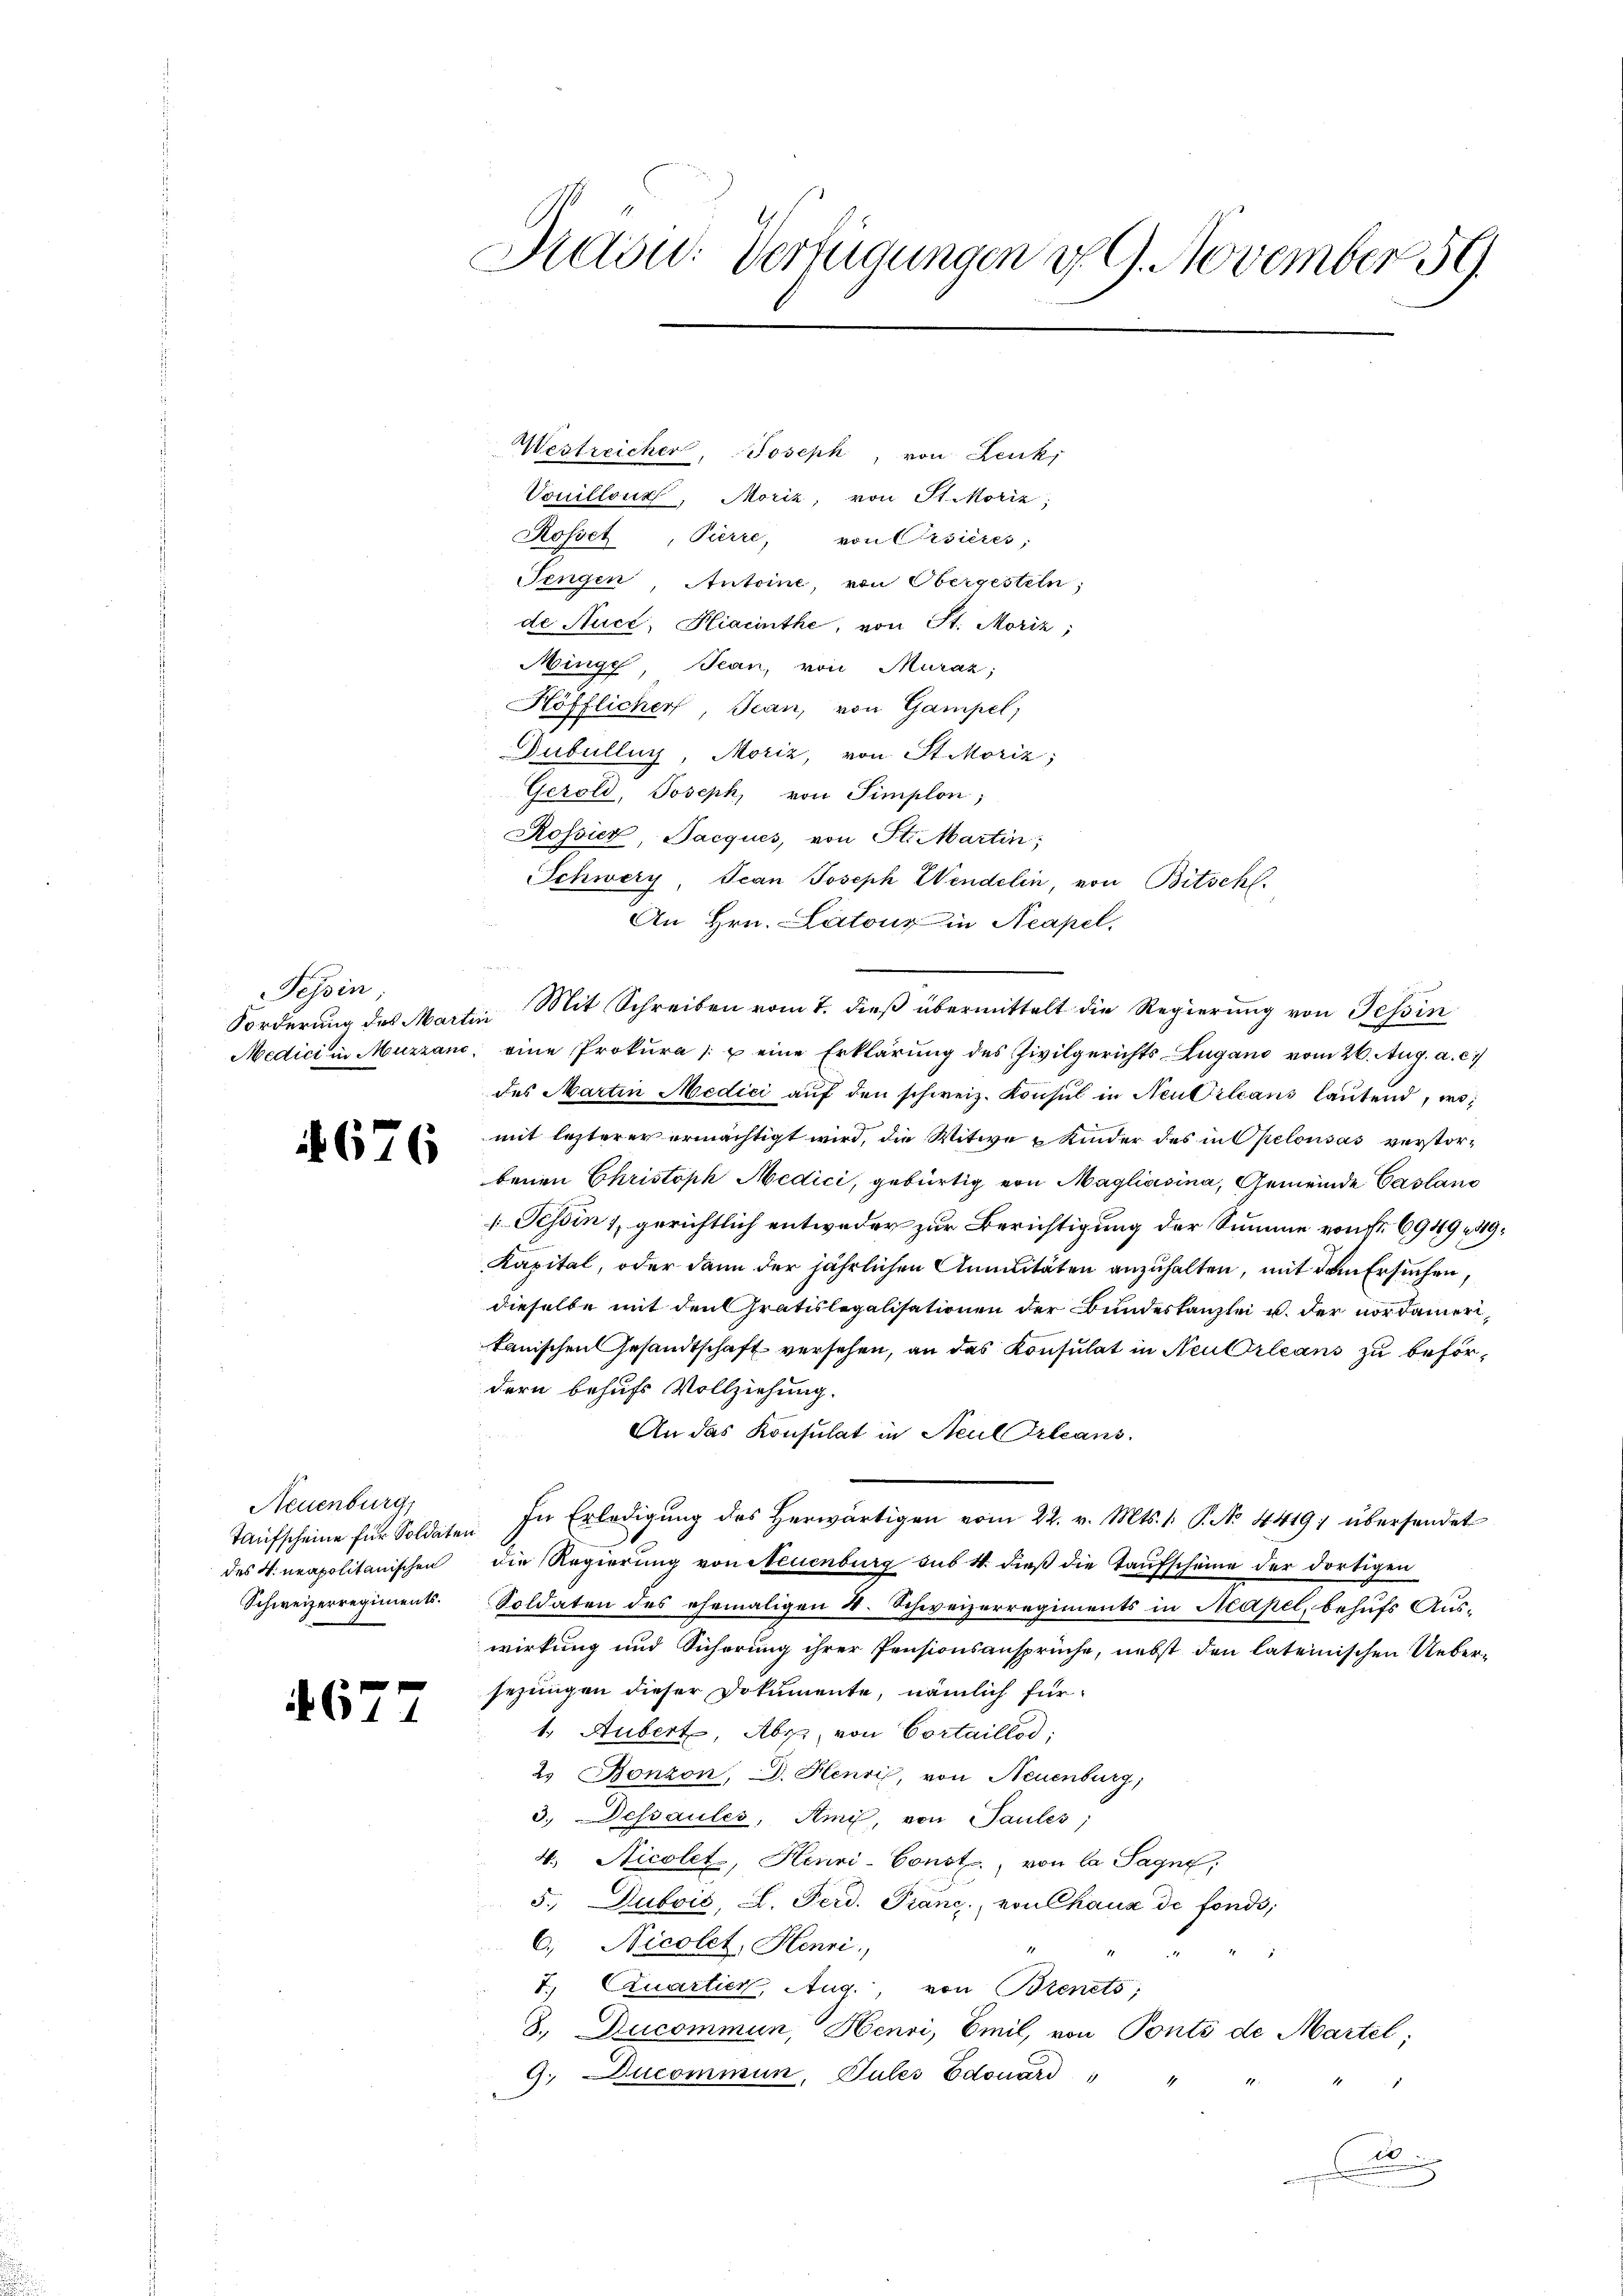
Tessin
Forderung des Martin
Medici in Muzzano.

676

Neuenburg,
Taufscheine für Soldaten
des N. neapolitanischen
Schweizerregiments.

4677

Draow. Verfügungen v. 9. November 59.

Westreicher, Joseph, von Lenk,
Vouillons, Moriz, von St. Moriz;
Rosset, Pierre, von Orsières;
engen, Antoine, von Obergesteln;
de Auce, Hiacinthe, von St. Moriz;
Mingg Jean, von Muráz;
Höfflicher, Jean, von Gampel
Dubully, Moriz, von St. Moriz;
Gerold, Joseph, von Simplon;
Rossier Jacques, von St. Martin;
SSchwery Jean Joseph Wendelin, von Bitschl.
An Hrn. Latouz in Neapel.
eine Prokura u eine Erklärung des Zivilgerichts-Zugano vom 26. Aug. a. c.
des Martin Medici aŭf den schweiz. Konsul in Neubileans lautend, womit lezterer ermächtigt wird, die Witwe u Kinder des in Opelousas verstor-
benen Christoph Medici, gebürtig von Maglasina, Gemeinde Casland
Tessin 1, gerichtlich entweder zur Berichtigung der Summe von Fr. 6949 49
Kapital, oder dann der jährlichen Annuitäten anzuhalten, mit dem Ersuchen,
dieselbe mit den Gratislegalisationen der Bundeskanzlei u. der nordamerikanischen Gesandtschaft versehen, an das Konsulat in Neubrleans zu befördern behufs Vollziehung.
An das Konsulat in Neul erleans
In Erledigŭng des herwärtigen vom 22. v. Mts. 1. P. No 4419; übersendet
die Regierung von Neuenburg sub 4. dieß die Taufscheine der dortigen
Soldaten des ehemaligen 4. Schweizerregiments in Neapel, behufs Auswirkung und Sicherung ihrer Pensionsansprüche, nebst den lateinischen Ueber-
sezungen dieser Dokumente, nämlich für
1. Aubert Abr, von Cortaillod;
2. Bonzon, D. Henri, von Neuenburg,
3. Dessaules, Anni, von Paules;
4. Nicolet, Henri-Const, von la Sagng;
5. Duboić, A. Ferd. Franc, von Chaux de fonds,
6.) Nicolet, Henri
3
1
T. Quartier, Aug., von Bienets;
8., Ducommun, Henri, Emil, von Ponts de Martel;
9. Ducommun, Pules Edouard " "
20

„Mit Schreiben vom 7. dieß übermittelt die Regierung von Tessin